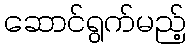
ဆောင်ရွက်မည့်